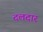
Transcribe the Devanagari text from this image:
दलदार